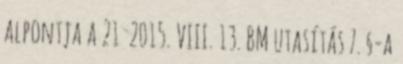
alpontja a 21 2015. VIII. 13. BM utasítás 7. §-a